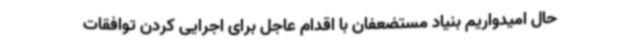
حال امیدواریم بنیاد مستضعفان با اقدام عاجل برای اجرایی کردن توافقات